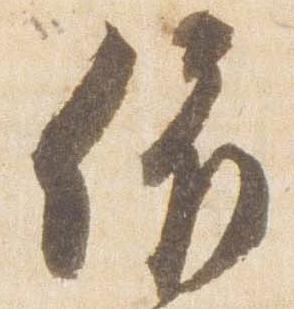
依